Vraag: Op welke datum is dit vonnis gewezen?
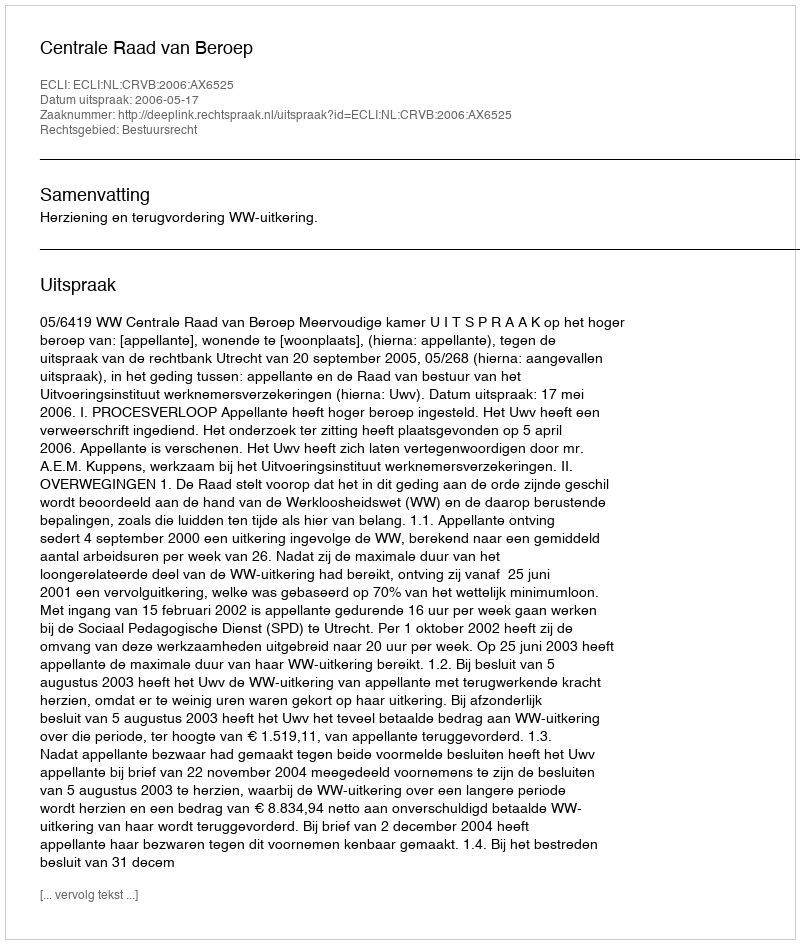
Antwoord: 2006-05-17